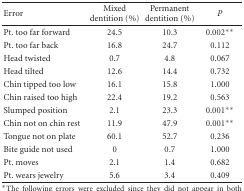
| Error | Mixed dentition (%) | Permanent dentition (%) | P |
 | --- | --- | --- | --- |
 | Pt. too far forward | 24.5 | 10.3 | 0.002** |
 | Pt. too far back | 16.8 | 24.7 | 0.112 |
 | Head twisted | 0.7 | 4.8 | 0.067 |
 | Head tilted | 12.6 | 14.4 | 0.732 |
 | Chin tipped too low | 16.1 | 15.8 | 1.000 |
 | Chin raised too high | 22.4 | 19.2 | 0.563 |
 | Slumped position | 2.1 | 23.3 | 0.001** |
 | Chin not on chin rest | 11.9 | 47.9 | 0.001** |
 | Tongue not on plate | 60.1 | 52.7 | 0.236 |
 | Bite guide not used | 0 | 0.7 | 1.000 |
 | Pt. moves | 2.1 | 1.4 | 0.682 |
 | Pt. wears jewelry | 5.6 | 3.4 | 0.409 |